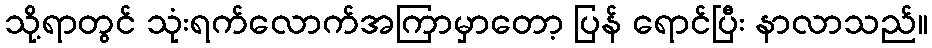
သို့ရာတွင် သုံးရက်လောက်အကြာမှာတော့ ပြန် ရောင်ပြီး နာလာသည်။